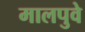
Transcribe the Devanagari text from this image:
मालपुवे